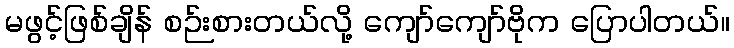
မဖွင့်ဖြစ်ချိန် စဉ်းစားတယ်လို့ ကျော်ကျော်ဗိုက ပြောပါတယ်။